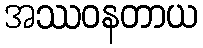
အဿဝနတာယ